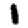
Digit: 1